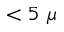
< 5 ~ \mu